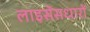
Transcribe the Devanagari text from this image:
लाइसेंसधारों